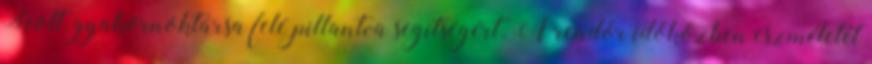
Scott, gyakornoktársa felé pillantva segítségért. A rendőr időközben eszméletét